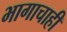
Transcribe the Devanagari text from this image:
भागाचाही